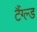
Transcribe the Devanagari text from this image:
टैंग्ल्ड